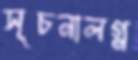
সূচনালগ্ন